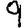
Digit: 9